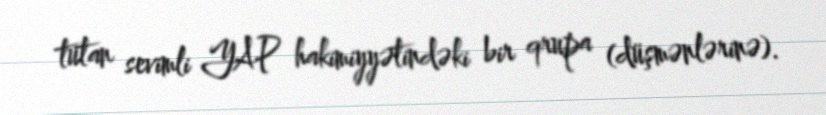
tutan sevimli YAP hakimiyyətindəki bir qrupa (düşmənlərinə).